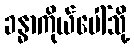
ခန္ဓာကိုယ်ပေါ်သို့